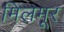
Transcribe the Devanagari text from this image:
मिलमूर